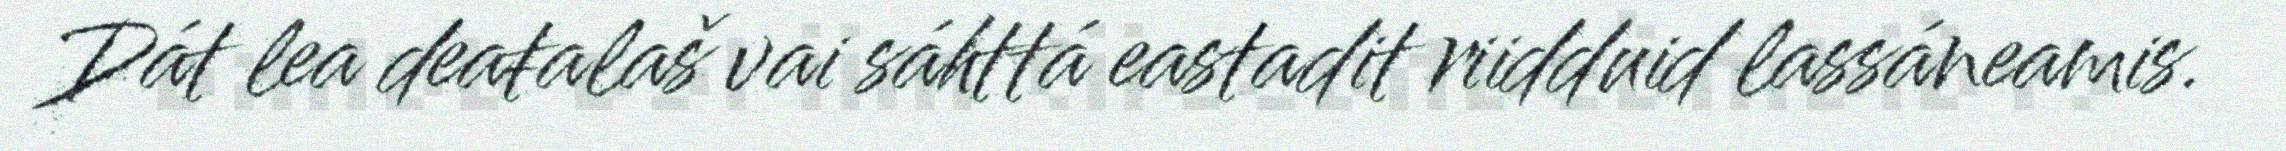
Dát lea deaŧalaš vai sáhttá eastadit riidduid lassáneamis.